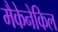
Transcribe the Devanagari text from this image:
मैकेनेकिल